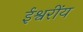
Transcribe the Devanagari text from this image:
ईश्वरींय